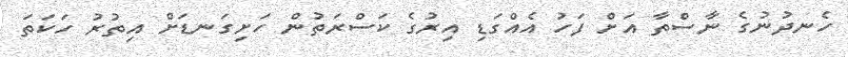
ހެނދުނުގެ ނާސްތާ އަށް ފަހު އެއްގަޑި އިރުގެ ކަސްރަތުން ހަށިގަނޑަށް އިތުރު ހަކަތަ